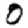
Digit: 0